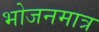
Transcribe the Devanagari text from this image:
भोजनमात्र